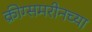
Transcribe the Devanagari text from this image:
क्रीग्समरीनच्या